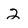
Character: 2